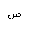
Letter: _sad